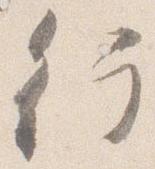
行